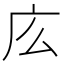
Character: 庅